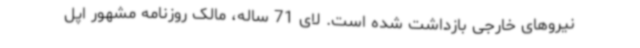
نیروهای خارجی بازداشت شده‌ است. لای 71 ساله، مالک روزنامه مشهور اپل